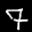
Label: 7